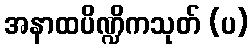
အနာထပိဏ္ဍိကသုတ် (ပ)